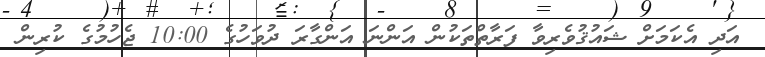
އަދި އެކަމަށް ޝައުޤުވެރިވާ ފަރާތްތަކުން އަންނަ އަންގާރަ ދުވަހުގެ 10:00 ޖެހުމުގެ ކުރިން